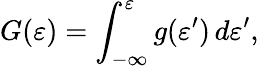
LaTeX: G(\varepsilon)=\int_{-\infty}^{\varepsilon}g(\varepsilon^{\prime})\, d\varepsilon^{\prime},